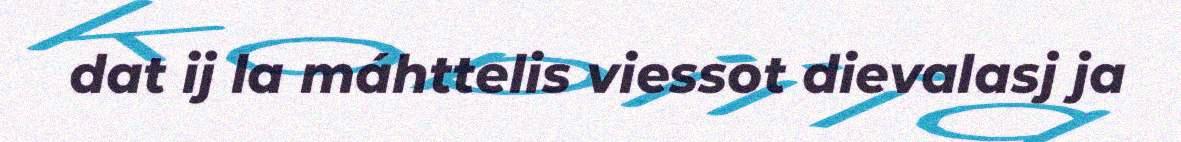
dat ij la máhttelis viessot dievalasj ja